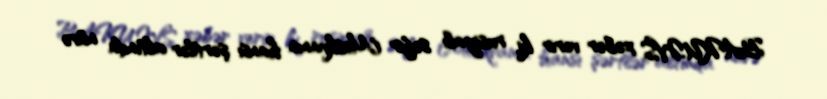
BAKU.WS xəbər verir ki, rusiyalı səfir Moskvanın hansı şərtlər altında nüvə